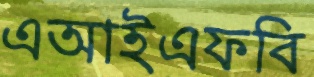
এআইএফবি